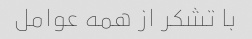
با تشکر از همه عوامل